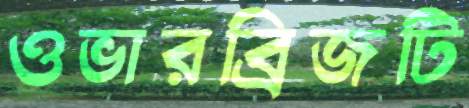
ওভারব্রিজটি